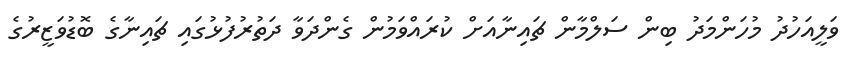
ވަލީއަހުދު މުހަންމަދު ބިން ސަލްމާން ޗައިނާއަށް ކުރައްވަމުން ގެންދަވާ ދަތުރުފުޅުގައި ޗައިނާގެ ބޮޑުވަޒީރުގެ